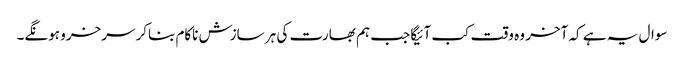
سوال یہ ہے کہ آخر وہ وقت کب آئیگا جب ہم بھارت کی ہر سازش ناکام بناکر سرخرو ہونگے۔